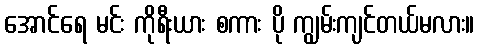
အောင်ရေ မင်း ကိုရီးယား စကား ပို ကျွမ်းကျင်တယ်မလား။